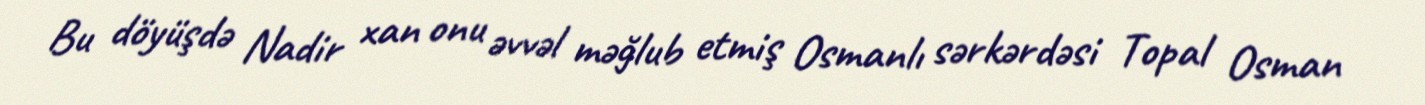
Bu döyüşdə Nadir xan onu əvvəl məğlub etmiş Osmanlı sərkərdəsi Topal Osman